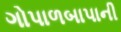
ગોપાળબાપાની